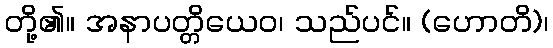
တို့၏။ အနာပတ္တိယေဝ၊ သည်ပင်။ (ဟောတိ)၊